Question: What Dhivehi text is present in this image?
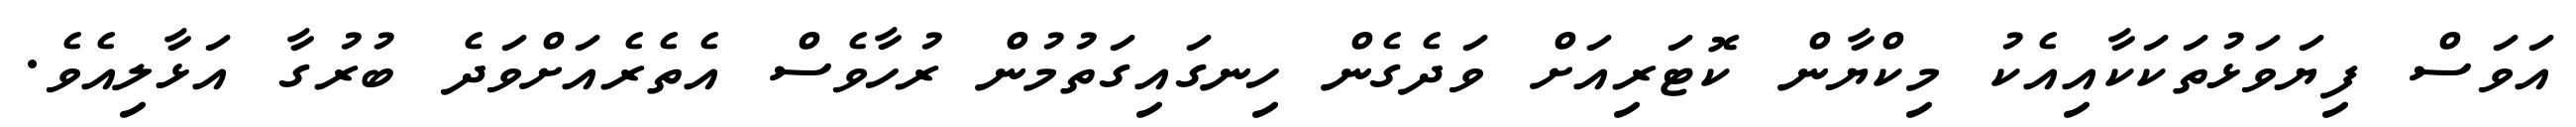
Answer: އަވަސް ފިޔަވަޅުތަކަކާއިއެކު މިކްޔާން ކޮޓަރިއަށް ވަދެގެން ހިނގައިގަތުމުން ރުހާވެސް އެތެރެއަށްވަދެ ބުރުގާ އަޅާލިއެވެ.